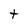
Character: t